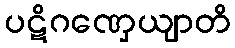
ပဋိဂဏှေယျာတိ